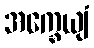
အက္ခေယျံ